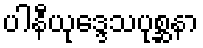
ပါနီယုဒ္ဒေသပုစ္ဆနာ